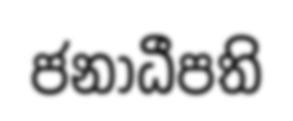
ජනාධීපති